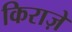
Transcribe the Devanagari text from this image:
किराज़े